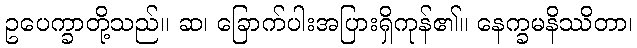
ဥပေက္ခာတို့သည်။ ဆ၊ ခြောက်ပါးအပြားရှိကုန်၏။ နေက္ခမနိဿိတာ၊